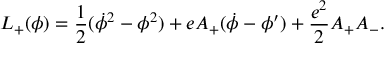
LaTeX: { \cal L } _ { + } ( \phi ) = { \frac { 1 } { 2 } } ( \dot { \phi } ^ { 2 } - \phi ^ { 2 } ) + e A _ { + } ( \dot { \phi } - \phi ^ { \prime } ) + { \frac { e ^ { 2 } } { 2 } } A _ { + } A _ { - } .